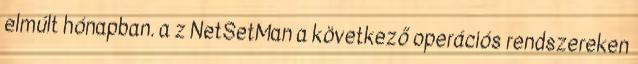
elmúlt hónapban. a z NetSetMan a következő operációs rendszereken